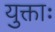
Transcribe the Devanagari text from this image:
युक्ताः